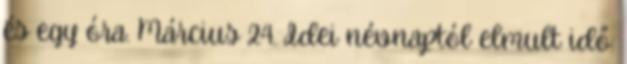
és egy óra. Március 24. Idei névnaptól elmult idő: